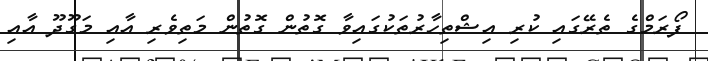
ފޯރަމްގެ ތެރޭގައި ކުރި އިޝްތިހާރުތަކުގައިވާ ގޮތުން ގޮތުން މަތިވެރި އާއި މަގޫދޫ އާއި